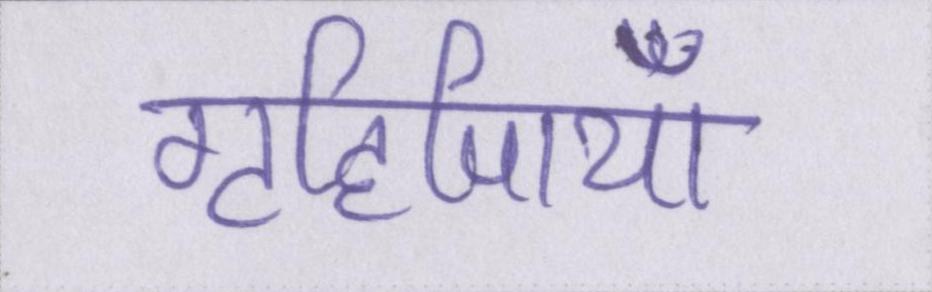
गृहिणियाँ